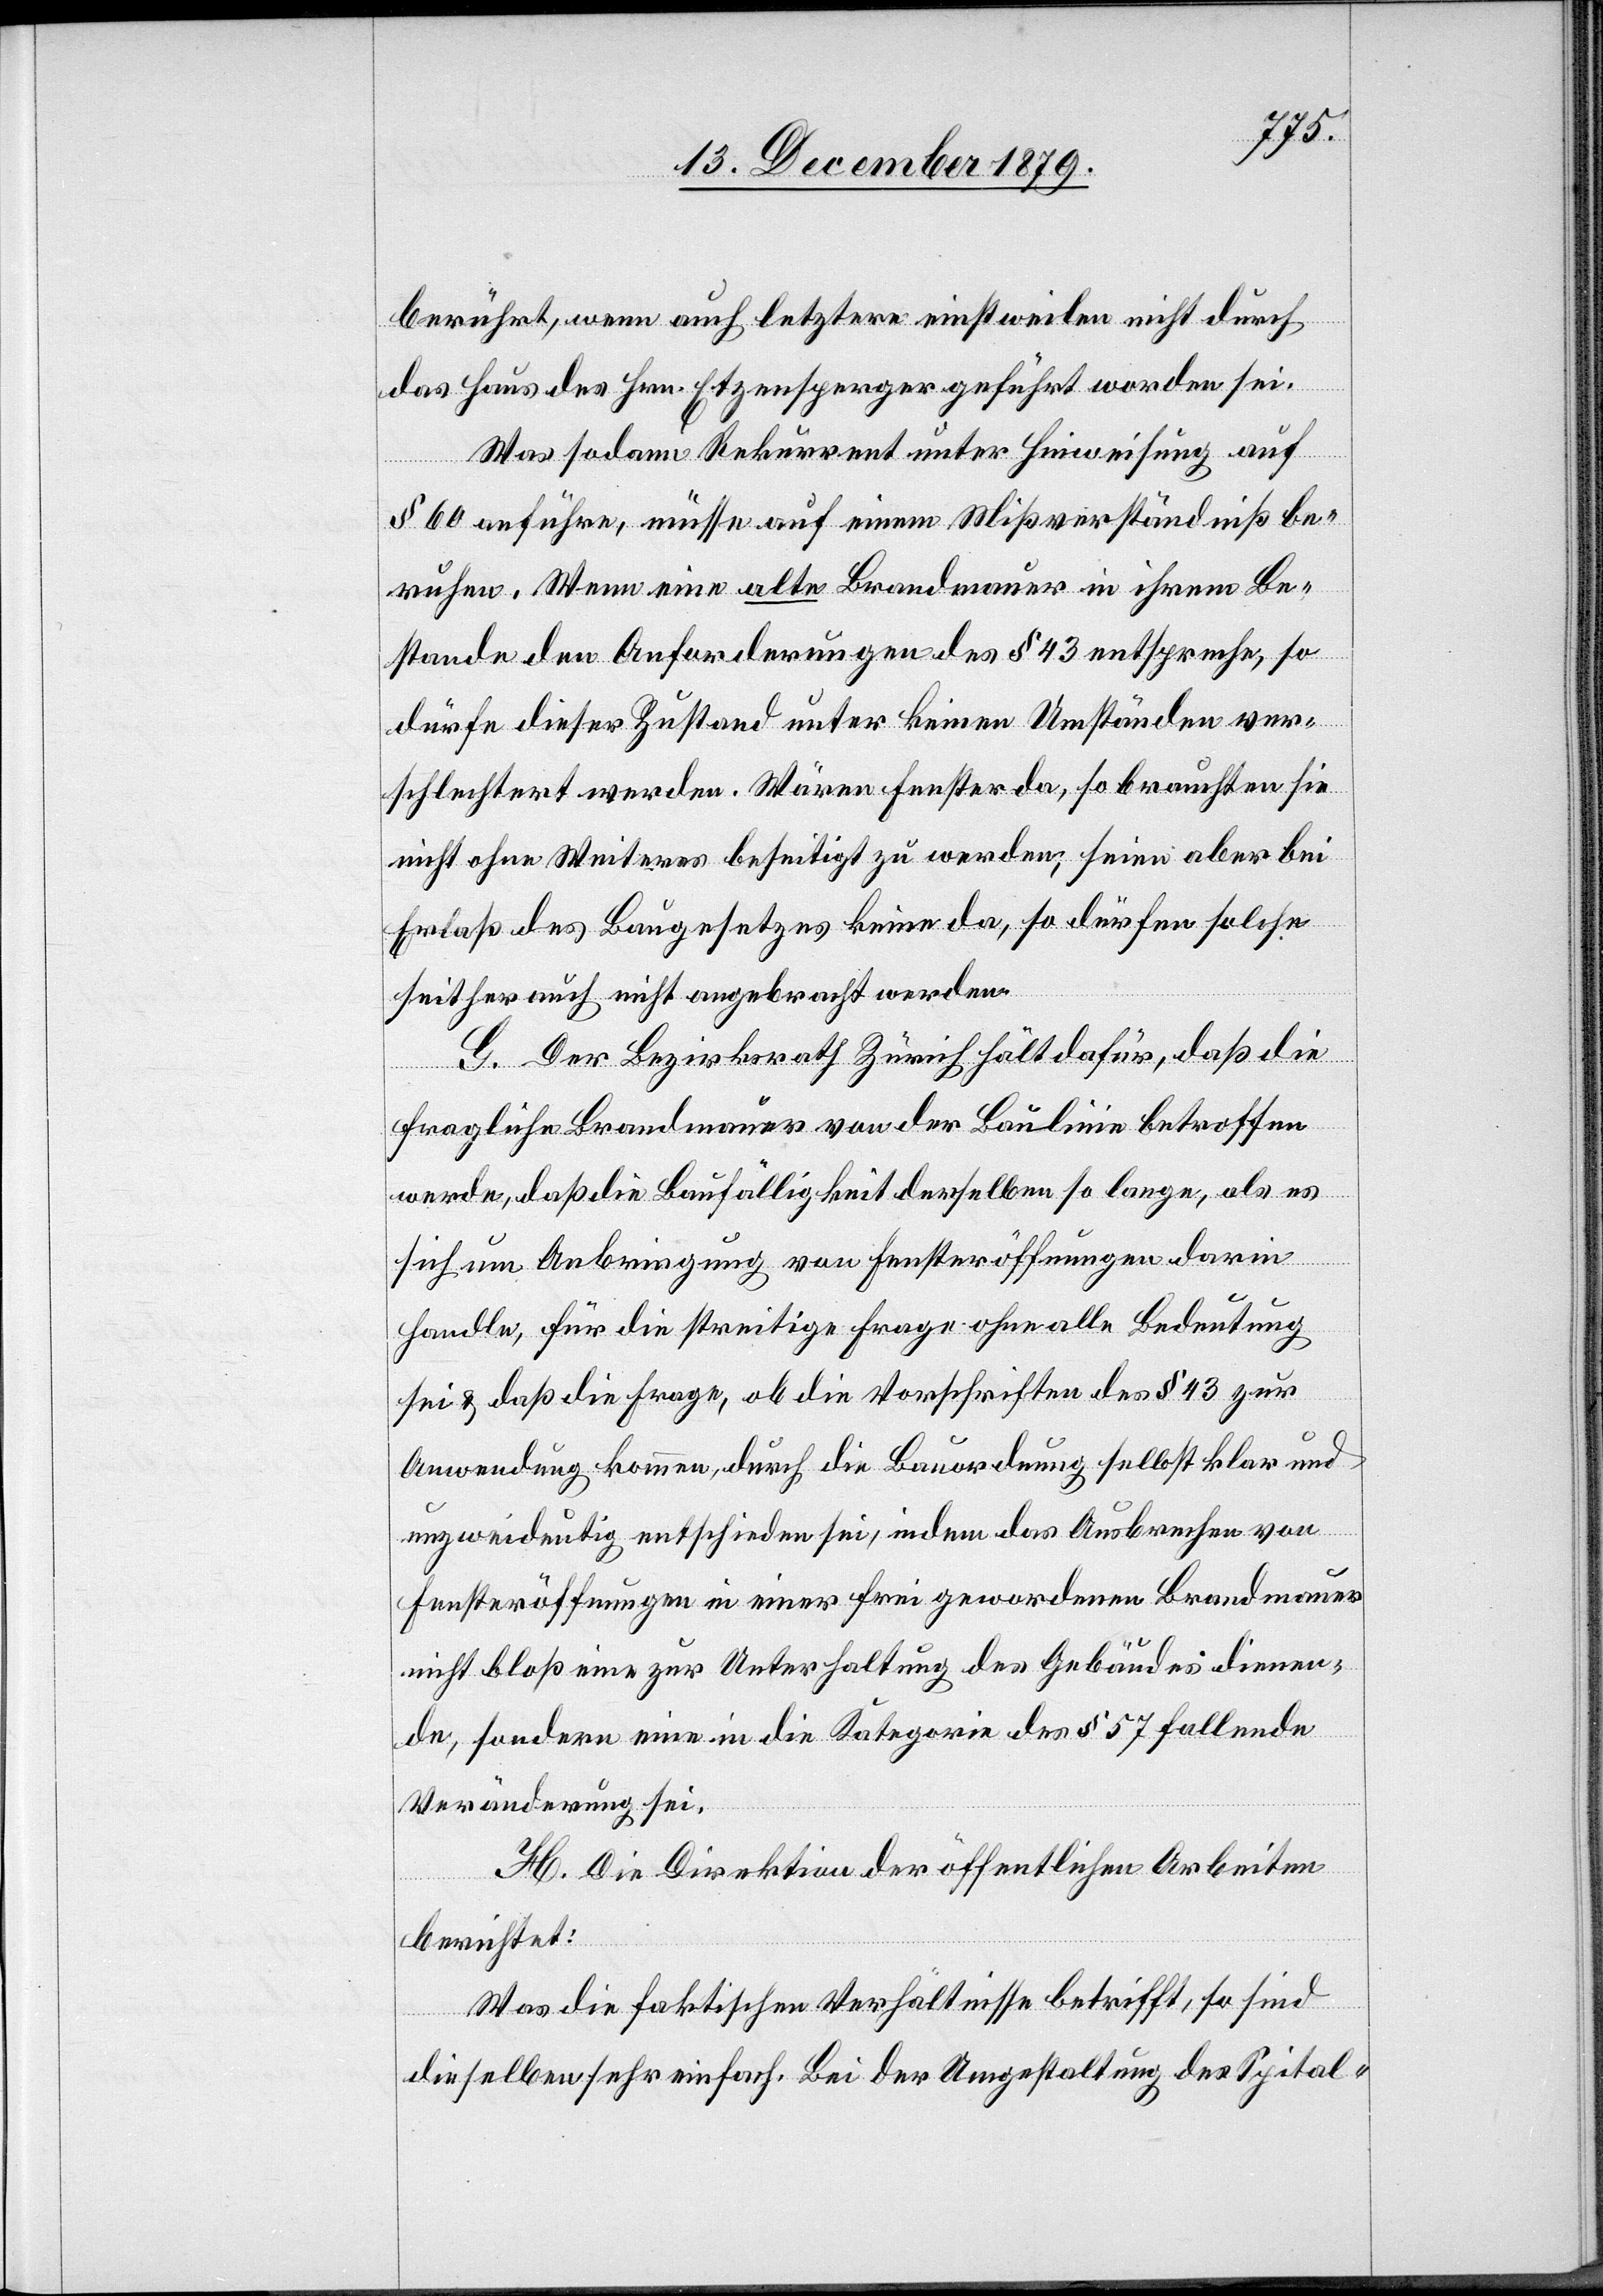
berührt, wenn auch letztere einstweilen nicht durch
das Haus des Hrn. Etzensperger geführt worden sei.
Was sodann Rekurrent unter Hinweisung auf
§ 60 anführe, müsse auf einem Mißverständniß be¬
ruhen. Wenn eine alte Brandmauer in ihrem Be¬
stande den Anforderungen des § 43 entspreche, so
dürfe dieser Zustand unter keinen Umständen ver¬
schlechtert werden. Wären Fenster da, so brauchten sie
nicht ohne Weiteres beseitigt zu werden; seien aber bei
Erlaß des Baugesetzes keine da, so dürfen solche
seither auch nicht angebracht werden.
G. Der Bezirksrath Zürich hält dafür, daß die
fragliche Brandmauer von der Baulinie betroffen
werde, daß die Baufälligkeit derselben so lange, als es
sich um Anbringung von Fensteröffnungen darin
handle, für die streitige Frage ohne alle Bedeutung
sei & daß die Frage, ob die Vorschriften des § 43 zur
Anwendung kommen, durch die Bauordnung selbst klar und
unzweideutig entschieden sei, indem das Ausbrechen von
Fensteröffnungen in einer frei gewordenen Brandmauer
nicht bloß eine zur Unterhaltung des Gebäudes dienen¬
de, sondern eine in die Kategorie des § 57 fallende
Veränderung sei.
H. Die Direktion der öffentlichen Arbeiten
berichtet:
Was die faktischen Verhältnisse betrifft, so sind
dieselben sehr einfach. Bei der Umgestaltung des Spital-